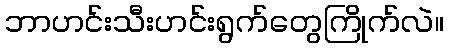
ဘာဟင်းသီးဟင်းရွက်တွေကြိုက်လဲ။